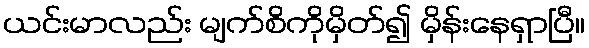
ယင်းမာလည်း မျက်စိကိုမှိတ်၍ မှိန်းနေရှာပြီ။